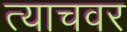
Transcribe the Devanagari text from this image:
त्याचवर